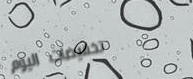
تخفيضات اليوم